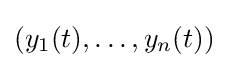
(y_{1}(t),\dotsc ,y_{n}(t))